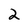
Character: 2